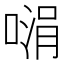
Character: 𪡵